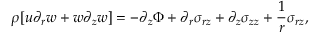
\rho [ u \partial _ { r } { w } + w \partial _ { z } { w } ] = - \partial _ { z } \Phi + \partial _ { r } \sigma _ { r z } + \partial _ { z } \sigma _ { z z } + \frac { 1 } { r } \sigma _ { r z } ,